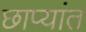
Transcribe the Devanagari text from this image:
छाप्यांत